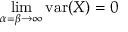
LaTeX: \operatorname* { l i m } _ { \alpha = \beta \to \infty } \operatorname { v a r } ( X ) = 0